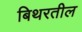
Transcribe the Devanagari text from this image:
बिथरतील